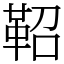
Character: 鞀